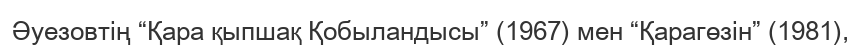
Әуезовтің “Қара қыпшақ Қобыландысы” (1967) мен “Қарагөзін” (1981),